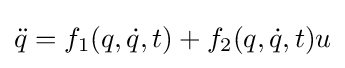
{\ddot {q}}=f_{1}(q,{\dot {q}},t)+f_{2}(q,{\dot {q}},t)u